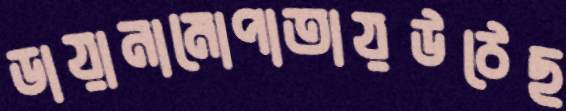
ডায়ানামোপাতায়উঠেছ